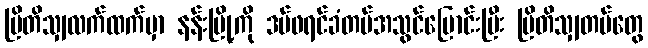
ဗြိတိသျှလက်ထက်မှာ နန်းမြို့ကို ဒပ်ဖရင်ခံတပ်အသွင်ပြောင်းပြီး ဗြိတိသျှတပ်တွေ